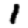
Digit: 1